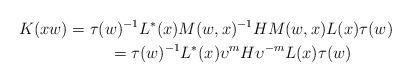
LaTeX: \begin{gather*}K(xw) =\tau(w) ^{-1}L^{\ast}(x)M(w,x) ^{-1}HM(w,x) L(x) \tau(w) \\\hphantom{K(xw)}{} =\tau(w) ^{-1}L^{\ast}(x) \upsilon^{m}H\upsilon^{-m}L(x) \tau(w)\end{gather*}